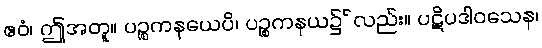
ဧဝံ၊ ဤအတူ။ ပဉ္စကနယေပိ၊ ပဉ္စကနယ၌်လည်း။ ပဋိပဒါဝသေန၊